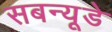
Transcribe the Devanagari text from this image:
सबन्यूडे